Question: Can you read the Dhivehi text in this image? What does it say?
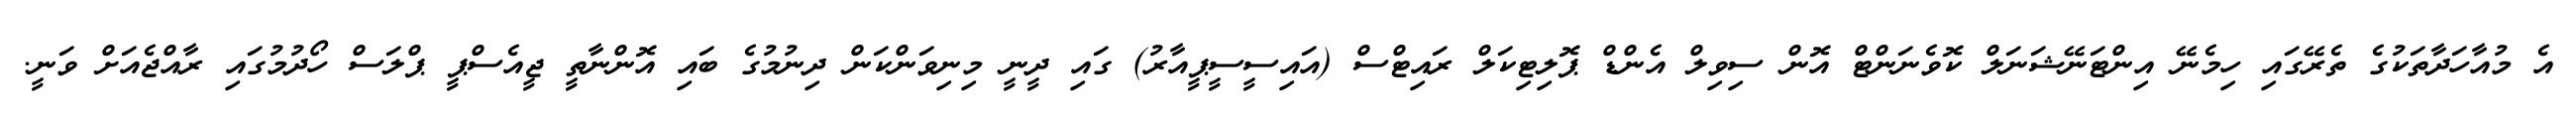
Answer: އެ މުއާހަދާތަކުގެ ތެރޭގައި ހިމެނޭ އިންޓަނޭޝަނަލް ކޮވެނަންޓް އޮން ސިވިލް އެންޑް ޕޮލިޓިކަލް ރައިޓްސް (އައިސީސީޕީއާރު) ގައި ދީނީ މިނިވަންކަން ދިނުމުގެ ބައި އޮންނާތީ ޖީއެސްޕީ ޕްލަސް ހޯދުމުގައި ރާއްޖެއަށް ވަނީ.